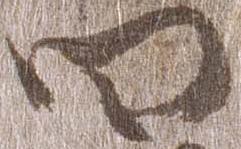
四